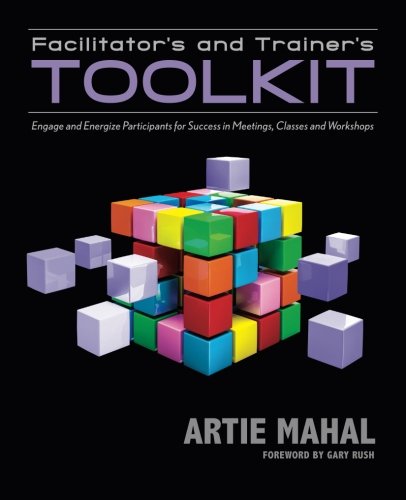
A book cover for Facilitator's and Trainer's Toolkit; Artie Mahal; Business & Money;